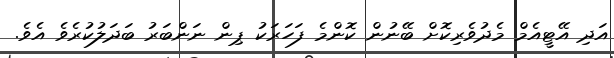
އަދި އޭޓީއެމް މެދުވެރިކޮށް ބޭނުން ކޮންމެ ފަހަރަކު ޕިން ނަންބަރު ބަދަލުކުރެވެ އެވެ.